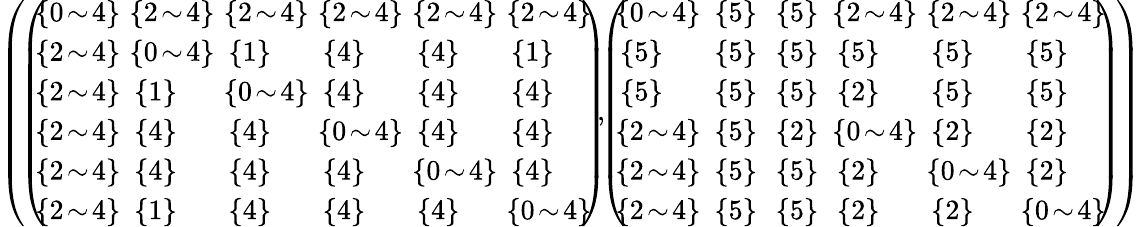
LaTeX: \begin{array}{r}{\left(\! \left(\begin{array}{llllll}{\! \! \{ 0\! \sim\! 4\} \! \! }&{\! \! \{ 2\! \sim\! 4\} \! \! }&{\! \! \{ 2\! \sim\! 4\} \! \! }&{\! \! \{ 2\! \sim\! 4\} \! \! }&{\! \! \{ 2\! \sim\! 4\} \! \! }&{\! \! \{ 2\! \sim\! 4\} \! \! }\\ {\! \! \{ 2\! \sim\! 4\} \! \! }&{\! \! \{ 0\! \sim\! 4\} \! \! }&{\! \{ 1\} \! }&{\! \{ 4\} \! }&{\! \{ 4\} \! }&{\! \{ 1\} \! }\\ {\! \! \{ 2\! \sim\! 4\} \! \! }&{\! \{ 1\} \! }&{\! \! \{ 0\! \sim\! 4\} \! \! }&{\! \{ 4\} \! }&{\! \{ 4\} \! }&{\! \{ 4\} \! }\\ {\! \! \{ 2\! \sim\! 4\} \! \! }&{\! \{ 4\} \! }&{\! \{ 4\} \! }&{\! \! \{ 0\! \sim\! 4\} \! \! }&{\! \{ 4\} \! }&{\! \{ 4\} \! }\\ {\! \! \{ 2\! \sim\! 4\} \! \! }&{\! \{ 4\} \! }&{\! \{ 4\} \! }&{\! \{ 4\} \! }&{\! \! \{ 0\! \sim\! 4\} \! \! }&{\! \{ 4\} \! }\\ {\! \! \{ 2\! \sim\! 4\} \! \! }&{\! \{ 1\} \! }&{\! \{ 4\} \! }&{\! \{ 4\} \! }&{\! \{ 4\} \! }&{\! \! \{ 0\! \sim\! 4\} \! \! }\end{array}\right)\! \! ,\! \! \left(\begin{array}{llllll}{\! \! \{ 0\! \sim\! 4\} \! \! }&{\! \{ 5\} \! }&{\! \{ 5\} \! }&{\! \! \{ 2\! \sim\! 4\} \! \! }&{\! \! \{ 2\! \sim\! 4\} \! \! }&{\! \! \{ 2\! \sim\! 4\} \! \! }\\ {\! \{ 5\} \! }&{\! \{ 5\} \! }&{\! \{ 5\} \! }&{\! \{ 5\} \! }&{\! \{ 5\} \! }&{\! \{ 5\} \! }\\ {\! \{ 5\} \! }&{\! \{ 5\} \! }&{\! \{ 5\} \! }&{\! \{ 2\} \! }&{\! \{ 5\} \! }&{\! \{ 5\} \! }\\ {\! \! \{ 2\! \sim\! 4\} \! \! }&{\! \{ 5\} \! }&{\! \{ 2\} \! }&{\! \! \{ 0\! \sim\! 4\} \! \! }&{\! \{ 2\} \! }&{\! \{ 2\} \! }\\ {\! \! \{ 2\! \sim\! 4\} \! \! }&{\! \{ 5\} \! }&{\! \{ 5\} \! }&{\! \{ 2\} \! }&{\! \! \{ 0\! \sim\! 4\} \! \! }&{\! \{ 2\} \! }\\ {\! \! \{ 2\! \sim\! 4\} \! \! }&{\! \{ 5\} \! }&{\! \{ 5\} \! }&{\! \{ 2\} \! }&{\! \{ 2\} \! }&{\! \! \{ 0\! \sim\! 4\} \! \! }\end{array}\right)\! \right)}\end{array}